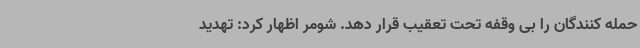
حمله کنندگان را بی وقفه تحت تعقیب قرار دهد. شومر اظهار کرد: تهدید